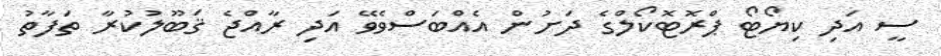
ސީ އަދި ކިޔޯޓޯ ޕްރޮޓޮކޯލްގެ ދަށުން އެއްބަސްވެވޭ އަދި ރާއްޖެ ޤަބޫލުކުރާ ތަފާތު